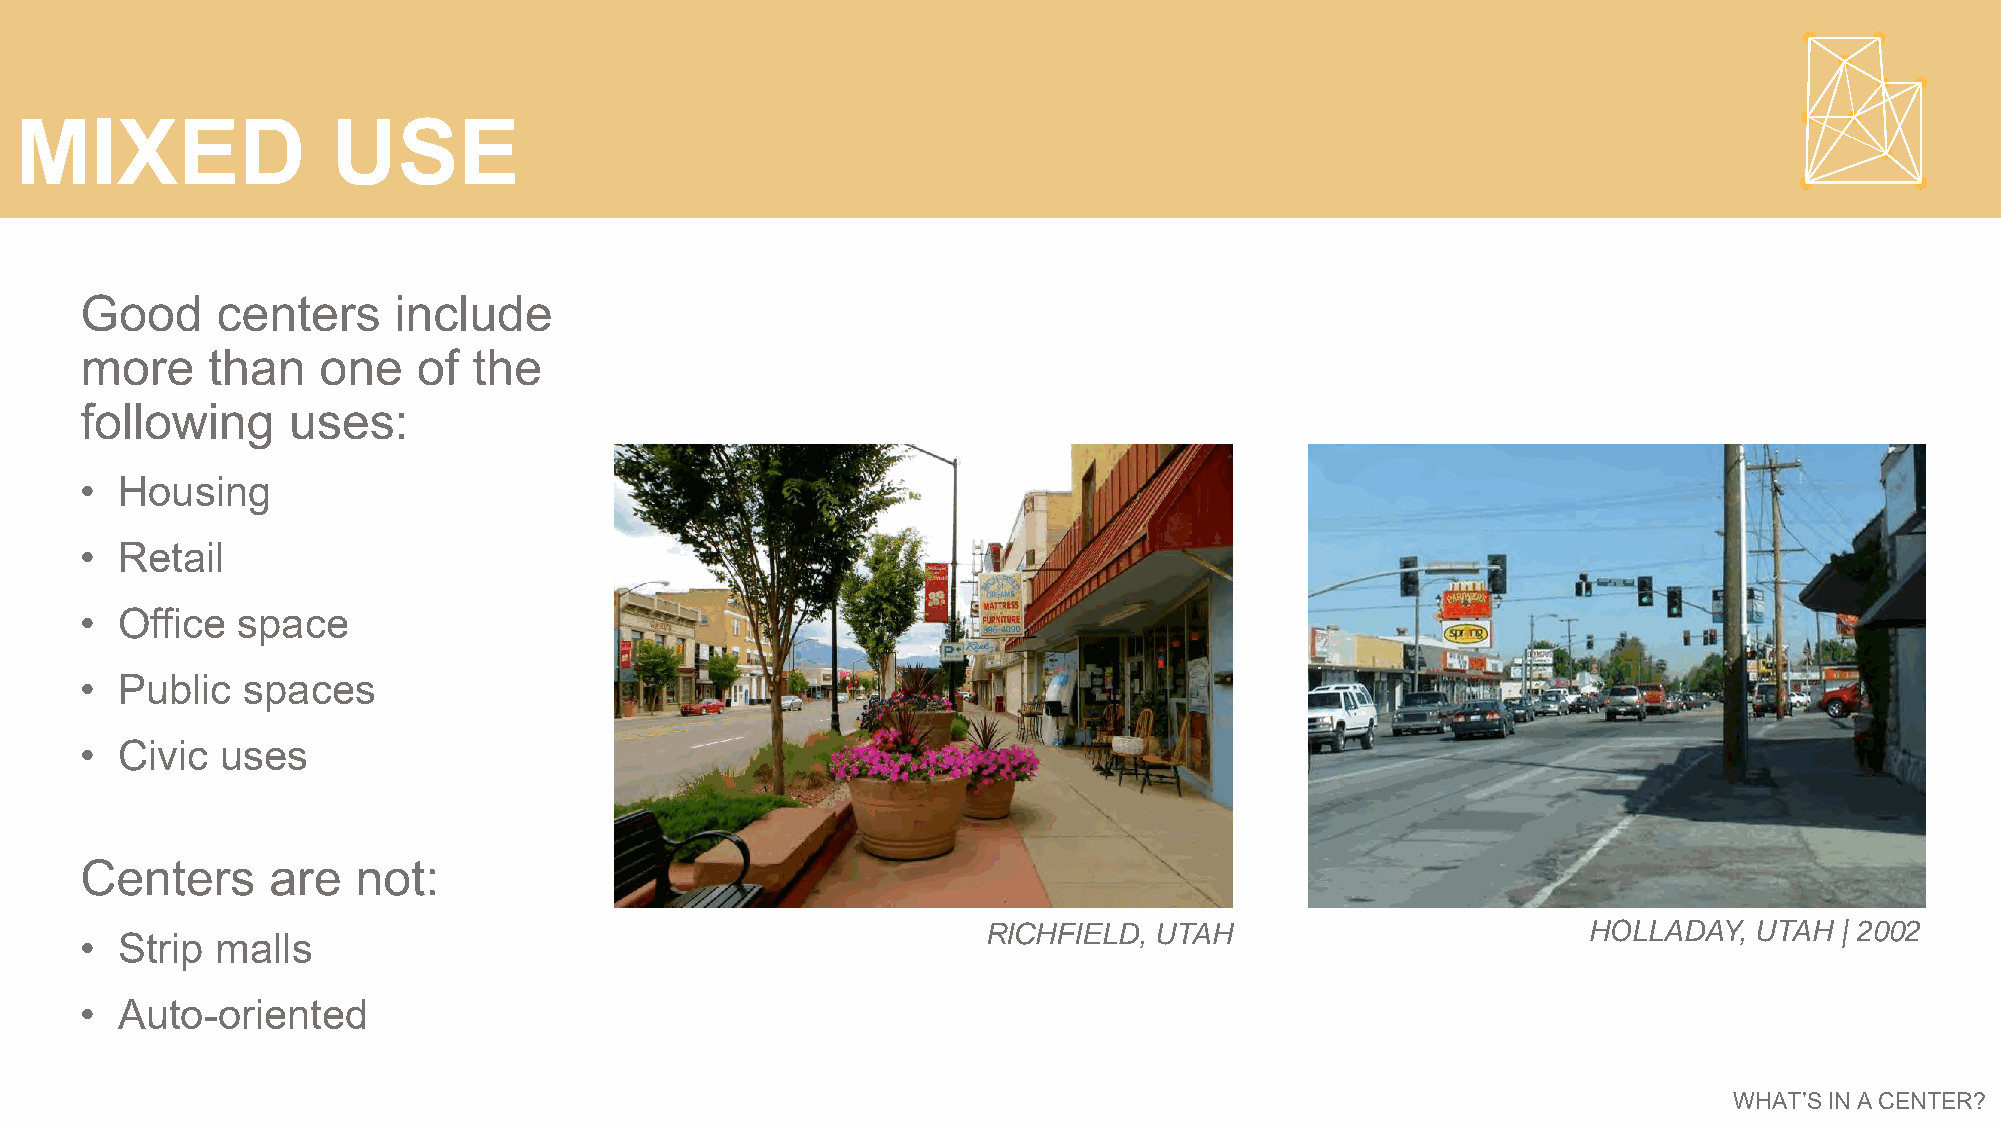
MIXED                USE
 Good     centers     include
 more     than   one    of the
 following     uses:
 •  Housing
 •  Retail
 •  Office  space
 •  Public  spaces
 •  Civic  uses
 Centers      are   not:
 RICHFIELD, UTAH                         HOLLADAY,  UTAH  | 2002
 •  Strip malls
 •  Auto-oriented
 WHAT’S IN A CENTER?